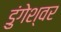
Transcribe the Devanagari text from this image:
डुंगेश्वर